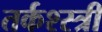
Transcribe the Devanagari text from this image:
तर्कश्स्त्री